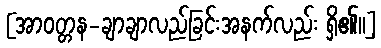
[အာဝတ္တန-ချာချာလည်ခြင်းအနက်လည်း ရှိ၏။]